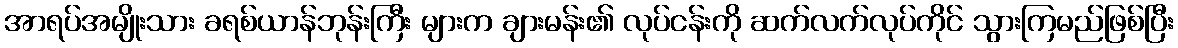
အာရပ်အမျိုးသား ခရစ်ယာန်ဘုန်းကြီး များက ချားမန်း၏ လုပ်ငန်းကို ဆက်လက်လုပ်ကိုင် သွားကြမည်ဖြစ်ပြီး